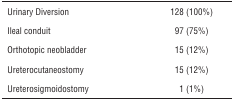
| Urinary Diversion | 128 (100%) |
 | --- | --- |
 | Ileal conduit | 97 (75%) |
 | Orthotopic neobladder | 15 (12%) |
 | Ureterocutaneostomy | 15 (12%) |
 | Ureterosigmoidostomy | 1 (1%) |